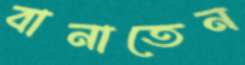
বানাতেন